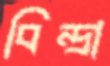
বিন্দ্রা